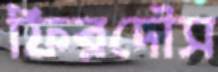
ফিরদৌস